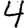
Digit: 4